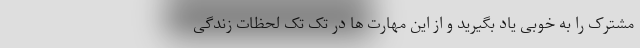
مشترک را به خوبی یاد بگیرید و از این مهارت ها در تک تک لحظات زندگی